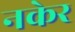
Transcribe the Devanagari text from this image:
नकेर